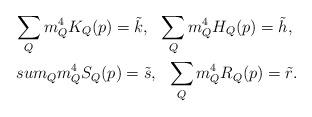
LaTeX: \begin{align*}\sum_{Q}m_Q^4K_Q(p)=\tilde{k},\ \ \sum_{Q}m_Q^4H_Q(p)=\tilde{h},\ \\sum_{Q}m_Q^4S_Q(p)=\tilde{s}, \ \ \sum_{Q}m_Q^4R_Q(p)=\tilde{r}.\end{align*}